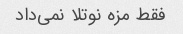
فقط مزه نوتلا نمی‌داد